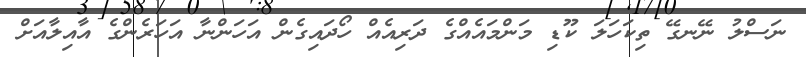
ނަސްލު ނޭނގޭ ތިކަހަލަ ކޫޑި މަންމައެއްގެ ދަރިއެއް ހޯދައިގެން އަހަންނާ އަހަރެންގެ އާއިލާއަށް